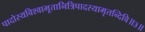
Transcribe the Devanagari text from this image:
पादोस्यविश्वाभूतानित्रिपादस्यामृतन्दिवि॥३॥